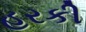
હરકી